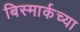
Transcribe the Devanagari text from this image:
बिस्मार्कच्या